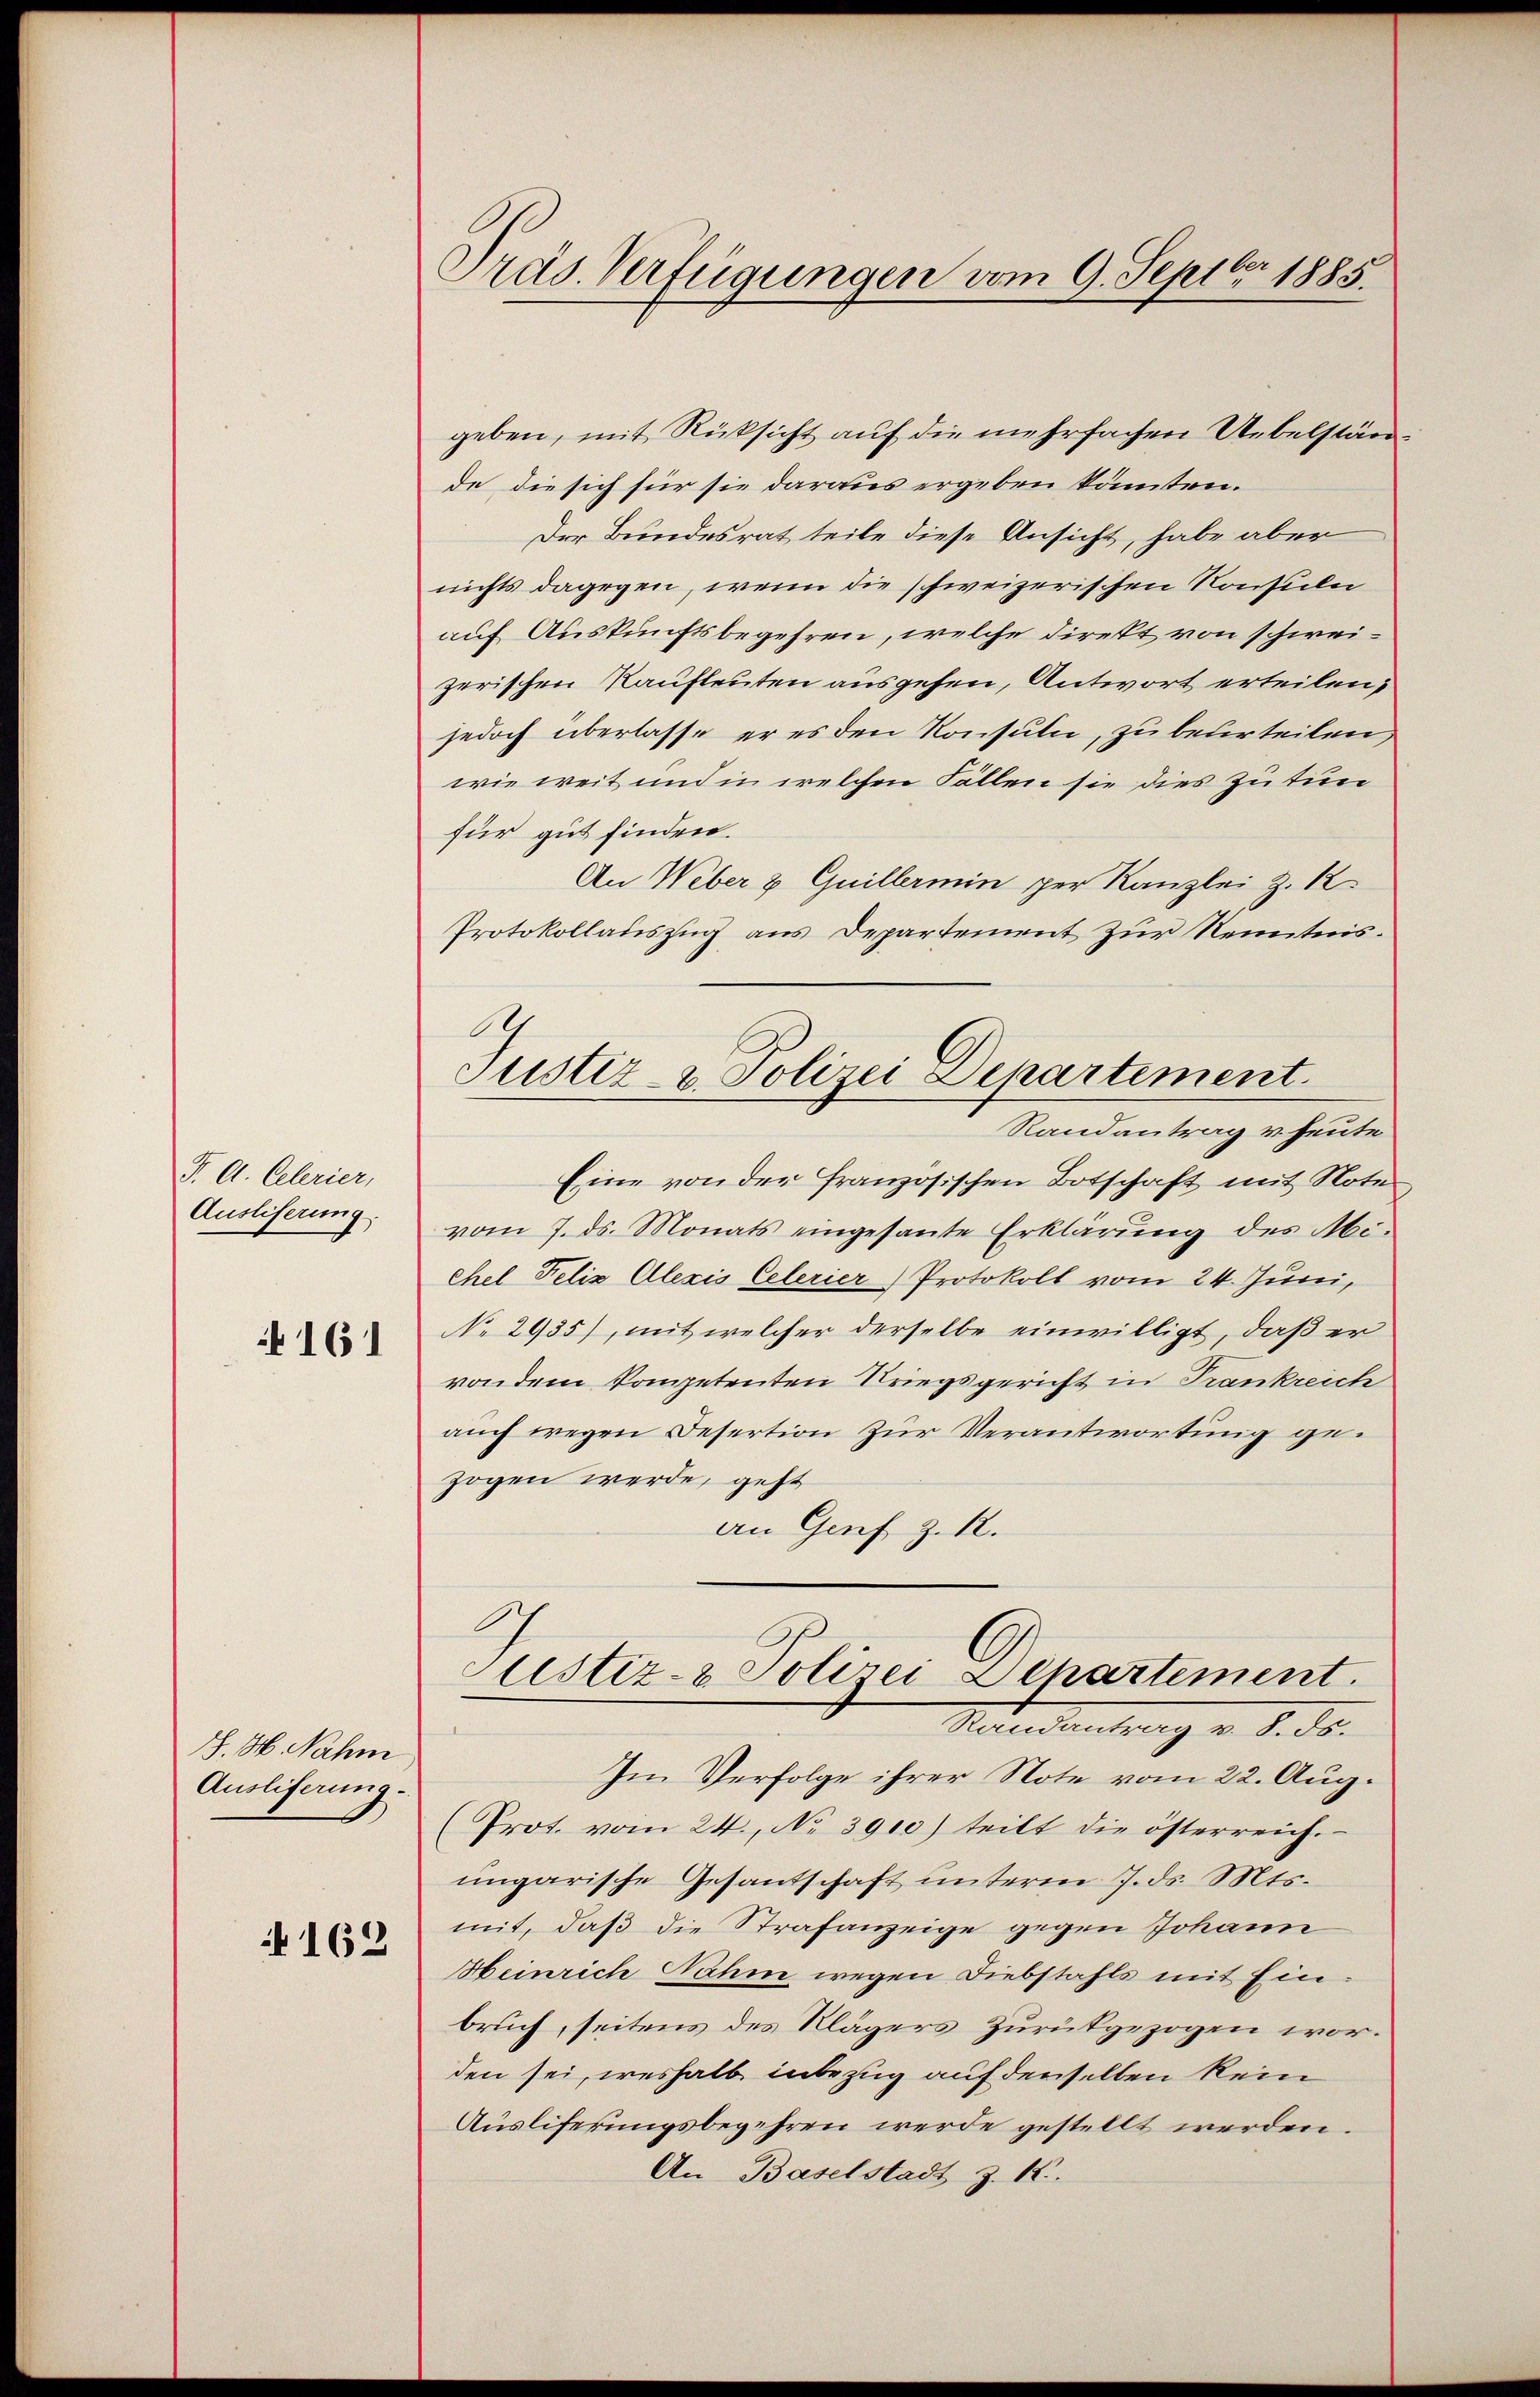
F. A. Celerier,
Ausliserung.
161

J. H. Nahm
Auslieferung.

162

Präs. Verfügungen vom 9. Septbr 1885.

geben, mit Rücksicht auf die mehrfachen Uebelstände, die sich für sie daraus ergeben könnten.
Der Bundesrat teile diese Ansicht, habe aber
nichts dagegen, wenn die schweizerischen Konsuln
auf Auskunftsbegehren, welche direkt von schweizerischen Kaufleuten ausgehen, Antwort erteilen,
jedoch überlasse er es den Konsuln, zu beurteilen,
wie weit und in welchen Fällen sie dies Zutun
für gut finden.
An Weber & Guillermin per Kanzlei Z. 1
Protokollauszug aus Departement zur Kenntnis.
Randantrag v. heute
Eine von der französischen Botschaft mit Note
vom 7. ds. Monats eingesante Erklärung des Mi-
chel Felix Alexis Celerier) Protokoll vom 24. Juni,
No 2935), mit welcher derselbe einwilligt, daß er
von dem kompetenten Kriegsgericht in Trankreich
auch wegen Desertion zur Verantwortung gezogen werde, geht
an Genf z. B.
Justiz- & Polizei Departement.
—
Mandantuung v. 8. ds.
Im Verfolge ihrer Note vom 22. Aug.
(Prot. vom 24. No 3910) teilt die österreich.
ungarische Gesantschaft unterm 7. ds. Mts.
mit, daß die Strafanzeige gegen Johann
Heinrich Nahm, wegen Diebstahls mit Einbruch, seitens des Klägers Zurükgezogen worden sei, weshalb inbezug auf denselben kein
Ausliferungsbegehren werde gestellt werden.
An Baselstadt z. K.

.
Justiz- & Polizei Departement.